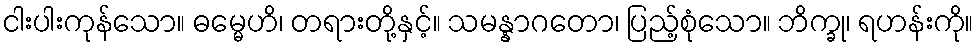
ငါးပါးကုန်သော။ ဓမ္မေဟိ၊ တရားတို့နှင့်။ သမန္နာဂတော၊ ပြည့်စုံသော။ ဘိက္ခု၊ ရဟန်းကို။